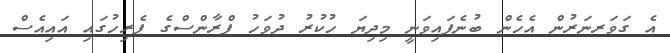
އެ ގަވަރނަރުން އެހެން ބުނެފައިވަނީ މިިދިޔަ ހުކުރު ދުވަހު ފްރާންސްގެ ޕެރިހުގައި އައިއެސް